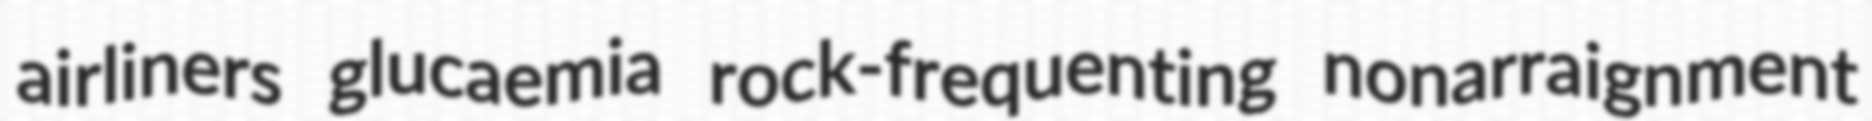
airliners glucaemia rock-frequenting nonarraignment